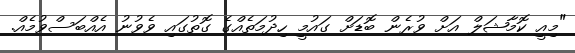
"މިއީ ކޮމާޝަލް އަށް ވުރެން ބޮޑަށް ގައުމީ ހިދުމަތެއްގެ ގޮތުގައި ވެވުނު އެއްބަސްވުމެއް.